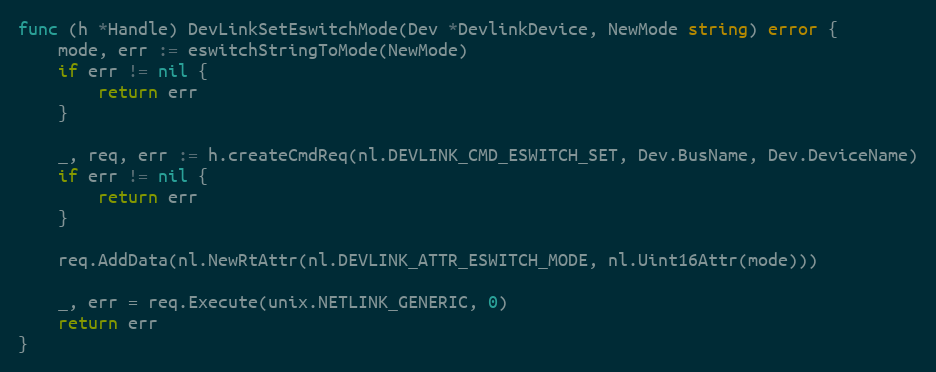
Language: Go
func (h *Handle) DevLinkSetEswitchMode(Dev *DevlinkDevice, NewMode string) error {
	mode, err := eswitchStringToMode(NewMode)
	if err != nil {
		return err
	}

	_, req, err := h.createCmdReq(nl.DEVLINK_CMD_ESWITCH_SET, Dev.BusName, Dev.DeviceName)
	if err != nil {
		return err
	}

	req.AddData(nl.NewRtAttr(nl.DEVLINK_ATTR_ESWITCH_MODE, nl.Uint16Attr(mode)))

	_, err = req.Execute(unix.NETLINK_GENERIC, 0)
	return err
}